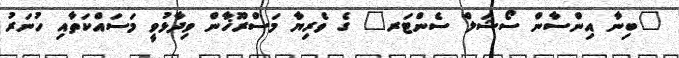
"ބިނާ އިންސާން ސޯޝަލް ސެންޓަރ" ގެ ވެރިޔާ މަސްރޫޚާން ވިދާޅުވީ މަސައްކަތާއި ހުނަރު